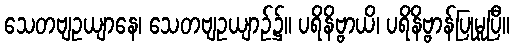
သေတဗျဥယျာနေ၊ သေတဗျဥယျာဉ်၌။ ပရိနိဗ္ဗာယိ၊ ပရိနိဗ္ဗာန်ပြုမူပြီ။